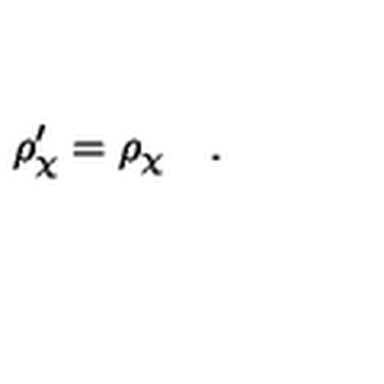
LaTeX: \rho _ { \chi } ^ { \prime } = \rho _ { \chi } \quad .